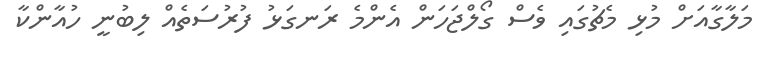
މަލާގާއަށް މުޅި މެޗުގައި ވެސް ގޯލްޖަހަން އެންމެ ރަނގަޅު ފުރުސަތެއް ލިބުނީ ހުއާންކާ